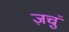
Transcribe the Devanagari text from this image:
ज़चुं